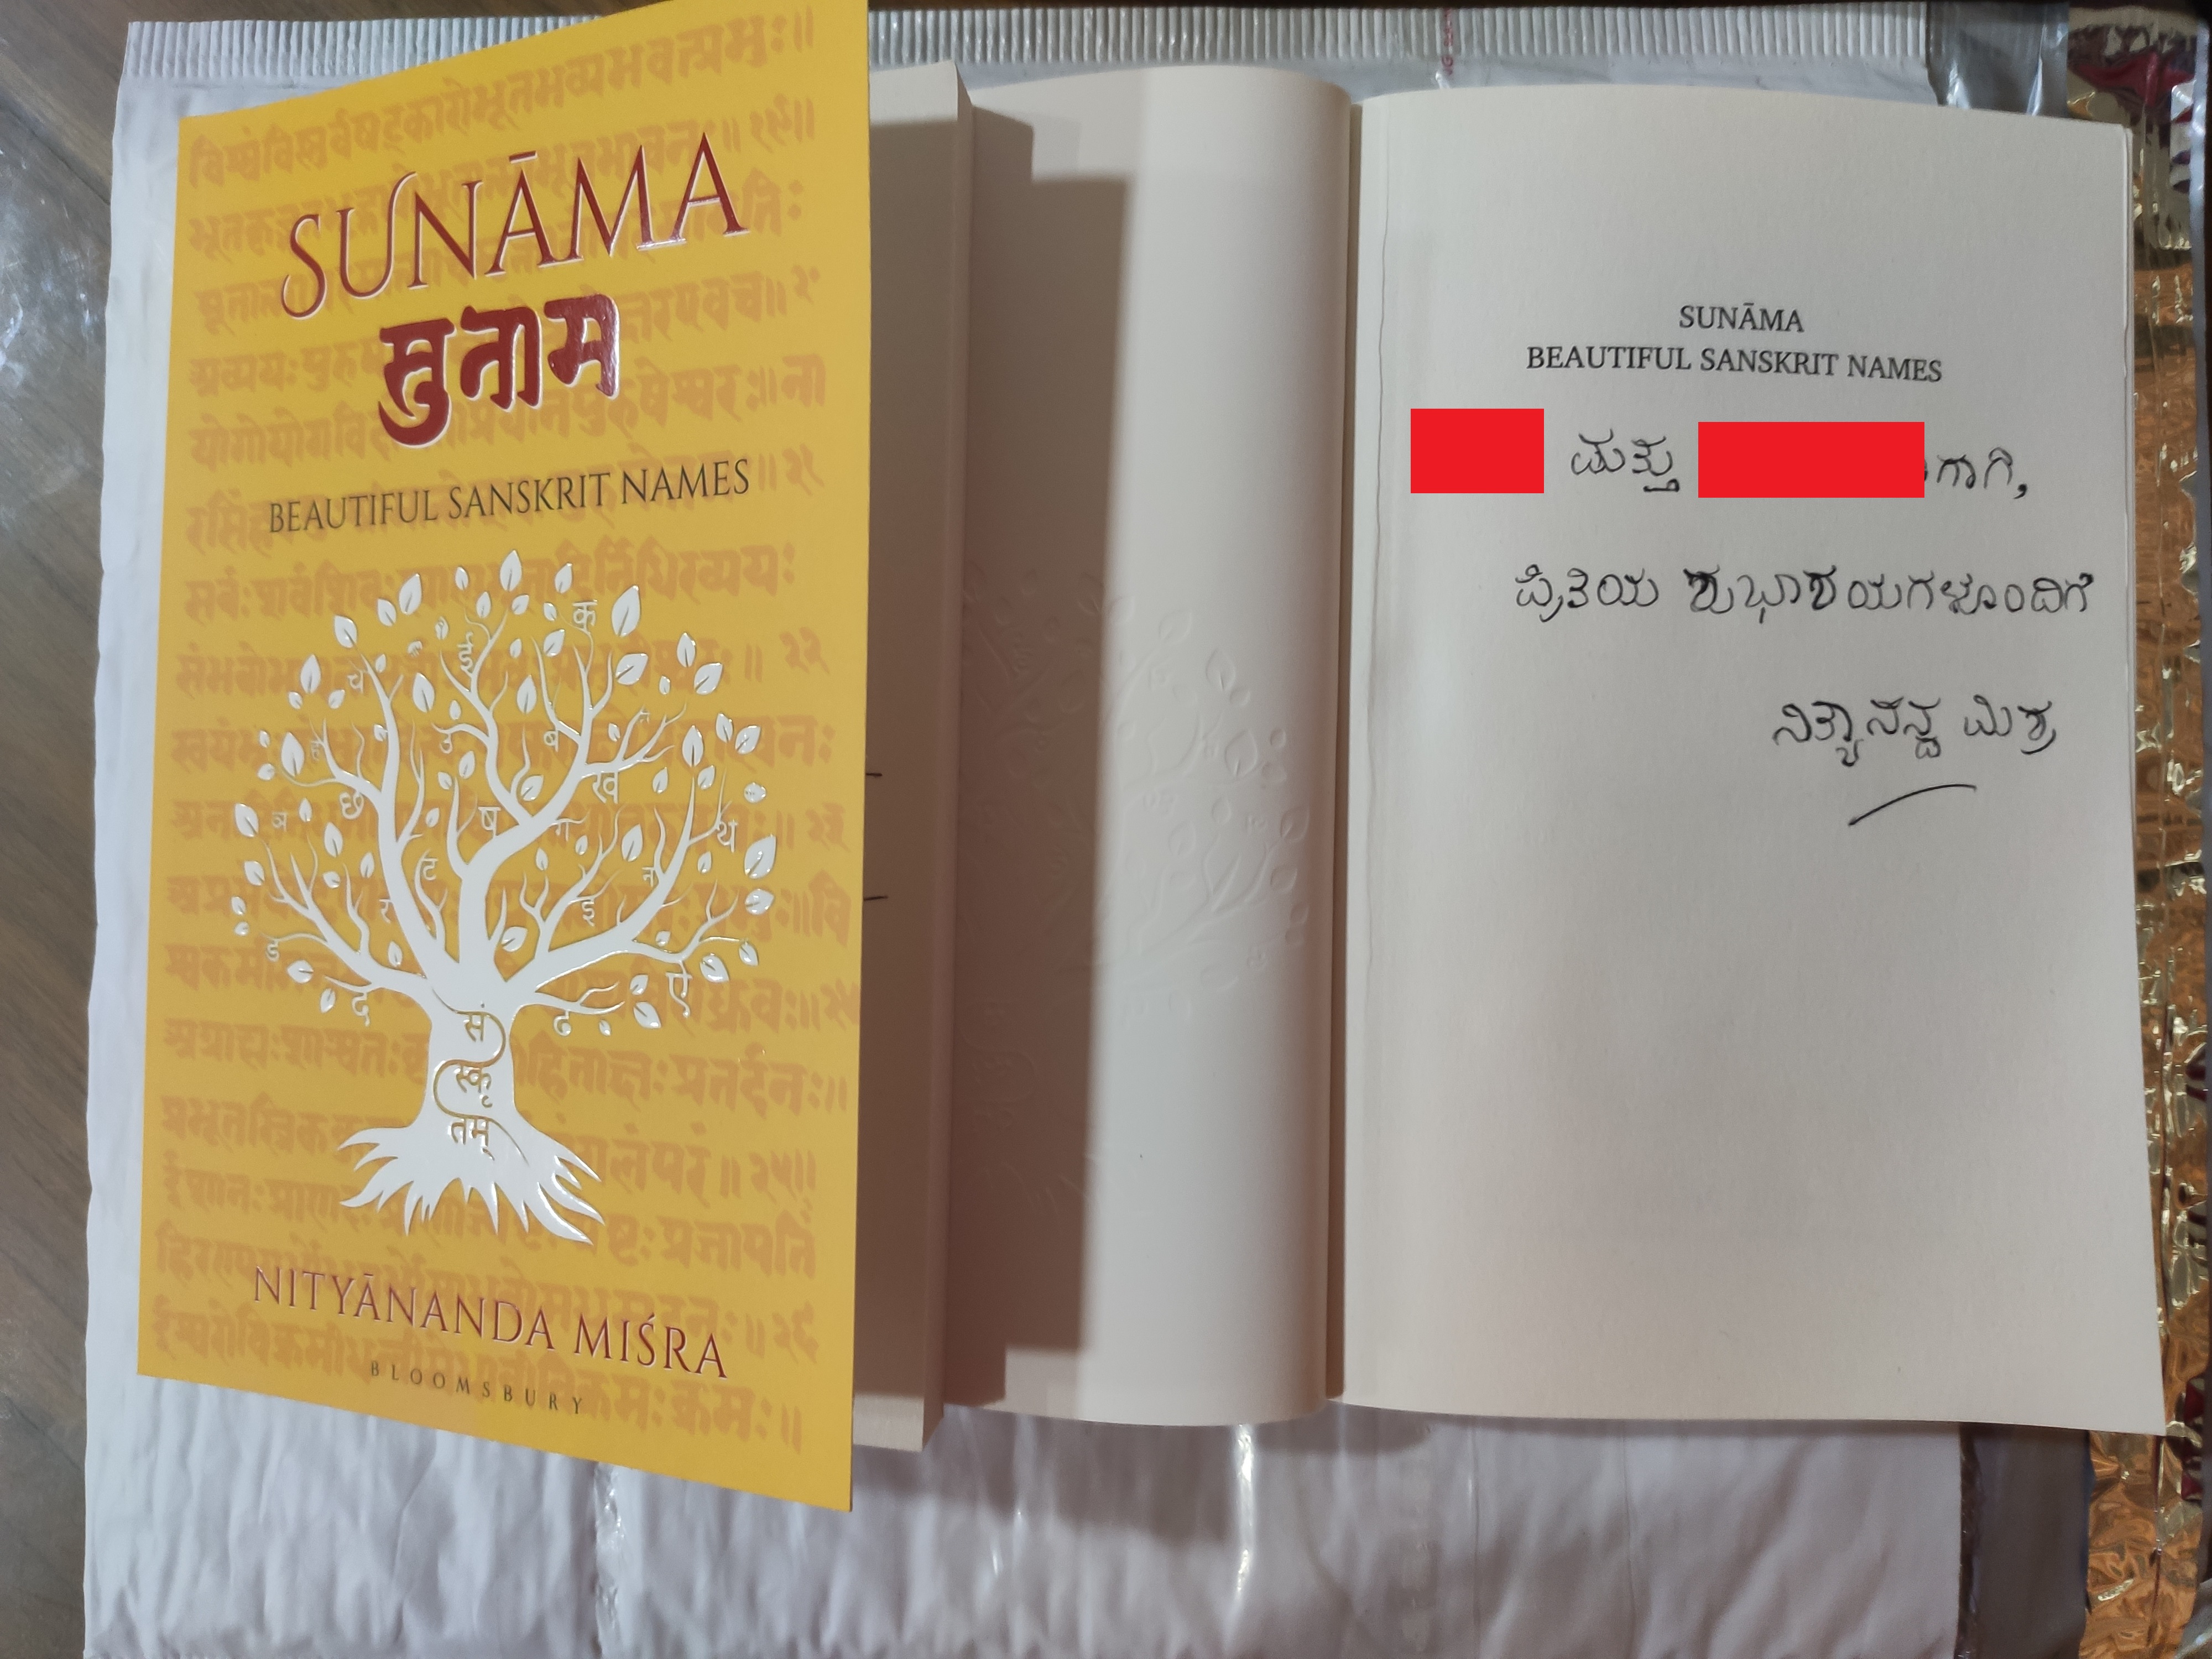
Language: kannada
Transcription: ಮತ್ತು ಪ್ರಿತಿಯ